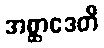
အစ္ဆာဒေတိ